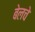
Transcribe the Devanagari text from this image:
बेलचे